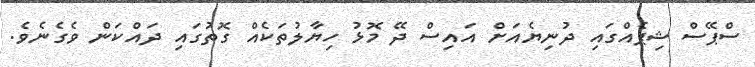
ސްޕޭސް ޝިޕެއްގައި ދުނިޔެއަށް އައިސް ދޭ މޮޅު ހިޔާލުތަކެއް ގޮތުގައި ދައްކަން ވެގެނެވެ.